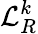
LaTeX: \mathcal{L}_{R}^{k}